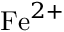
\mathrm { F e } ^ { 2 + }